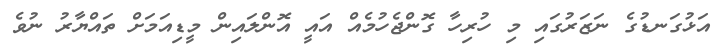
އަޅުގަނޑުގެ ނަޒަރުގައި މި ހުރިހާ ގޮންޖެހުމެއް އައީ އޮންލައިން މީޑިއަމަށް ތައްޔާރު ނުވެ